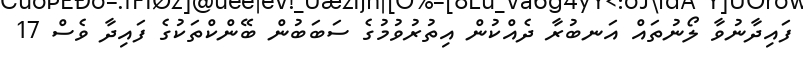
ފައިދާނުވާ ލޯނުތައް އަނބުރާ ދެއްކުން އިތުރުވުމުގެ ސަބަބުން ބޭންކްތަކުގެ ފައިދާ ވެސް 17